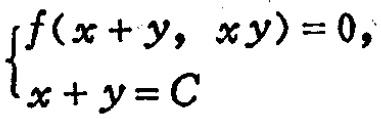
\[\begin{cases}

f(x + y, xy)=0,\\

x + y = C

\end{cases}\]